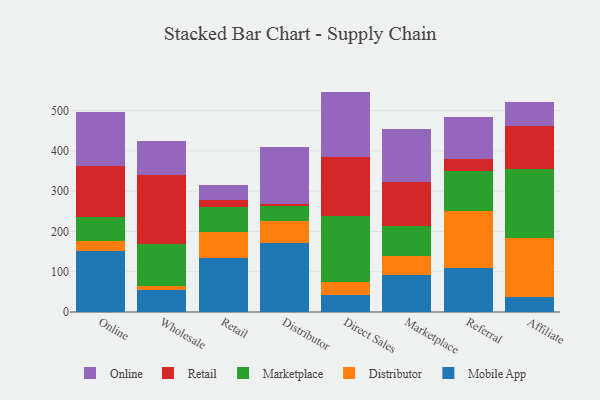
{"axis": {"x": "Channel", "y": "Revenue (USD Million)"}, "legend": ["Distributor", "Marketplace", "Mobile App", "Online", "Retail"], "data": [{"x": "Online", "y": 152.4, "type": "Mobile App"}, {"x": "Online", "y": 23.7, "type": "Distributor"}, {"x": "Online", "y": 60.2, "type": "Marketplace"}, {"x": "Online", "y": 126.1, "type": "Retail"}, {"x": "Online", "y": 133.3, "type": "Online"}, {"x": "Wholesale", "y": 55.6, "type": "Mobile App"}, {"x": "Wholesale", "y": 9.2, "type": "Distributor"}, {"x": "Wholesale", "y": 103.0, "type": "Marketplace"}, {"x": "Wholesale", "y": 173.6, "type": "Retail"}, {"x": "Wholesale", "y": 84.1, "type": "Online"}, {"x": "Retail", "y": 134.7, "type": "Mobile App"}, {"x": "Retail", "y": 64.6, "type": "Distributor"}, {"x": "Retail", "y": 60.4, "type": "Marketplace"}, {"x": "Retail", "y": 17.2, "type": "Retail"}, {"x": "Retail", "y": 37.7, "type": "Online"}, {"x": "Distributor", "y": 170.8, "type": "Mobile App"}, {"x": "Distributor", "y": 55.2, "type": "Distributor"}, {"x": "Distributor", "y": 36.9, "type": "Marketplace"}, {"x": "Distributor", "y": 5.9, "type": "Retail"}, {"x": "Distributor", "y": 139.8, "type": "Online"}, {"x": "Direct Sales", "y": 41.9, "type": "Mobile App"}, {"x": "Direct Sales", "y": 32.8, "type": "Distributor"}, {"x": "Direct Sales", "y": 163.2, "type": "Marketplace"}, {"x": "Direct Sales", "y": 146.9, "type": "Retail"}, {"x": "Direct Sales", "y": 162.5, "type": "Online"}, {"x": "Marketplace", "y": 91.7, "type": "Mobile App"}, {"x": "Marketplace", "y": 47.6, "type": "Distributor"}, {"x": "Marketplace", "y": 75.2, "type": "Marketplace"}, {"x": "Marketplace", "y": 107.8, "type": "Retail"}, {"x": "Marketplace", "y": 131.0, "type": "Online"}, {"x": "Referral", "y": 109.0, "type": "Mobile App"}, {"x": "Referral", "y": 142.0, "type": "Distributor"}, {"x": "Referral", "y": 99.1, "type": "Marketplace"}, {"x": "Referral", "y": 30.6, "type": "Retail"}, {"x": "Referral", "y": 103.8, "type": "Online"}, {"x": "Affiliate", "y": 37.0, "type": "Mobile App"}, {"x": "Affiliate", "y": 147.7, "type": "Distributor"}, {"x": "Affiliate", "y": 169.7, "type": "Marketplace"}, {"x": "Affiliate", "y": 108.2, "type": "Retail"}, {"x": "Affiliate", "y": 58.0, "type": "Online"}]}